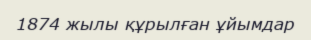
1874 жылы құрылған ұйымдар